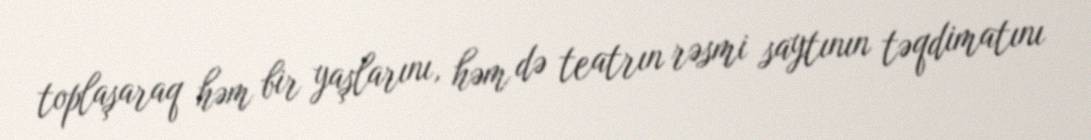
toplaşaraq həm bir yaşlarını, həm də teatrın rəsmi saytının təqdimatını